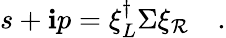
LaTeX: s+\mathbf{i}p=\xi_{L}^{\dagger}\Sigma\xi_{\mathcal{R}}\quad.